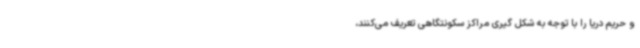
و حریم دریا را با توجه به شکل گیری مراکز سکونتگاهی تعریف می‌کنند،